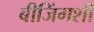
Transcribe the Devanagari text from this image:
बीजिंगशी